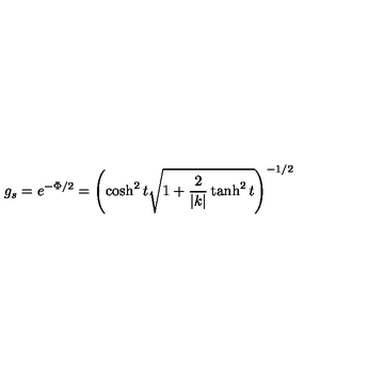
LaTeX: g _ { s } = e ^ { - \Phi / 2 } = \left( \cosh ^ { 2 } t \sqrt { 1 + \frac { 2 } { | k | } \tanh ^ { 2 } t } \right) ^ { - 1 / 2 }